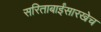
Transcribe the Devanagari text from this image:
सरिताबाईंसारखेच